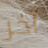
آخر